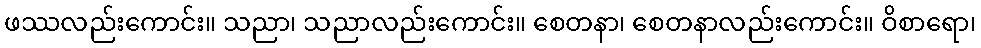
ဖဿလည်းကောင်း။ သညာ၊ သညာလည်းကောင်း။ စေတနာ၊ စေတနာလည်းကောင်း။ ဝိစာရော၊